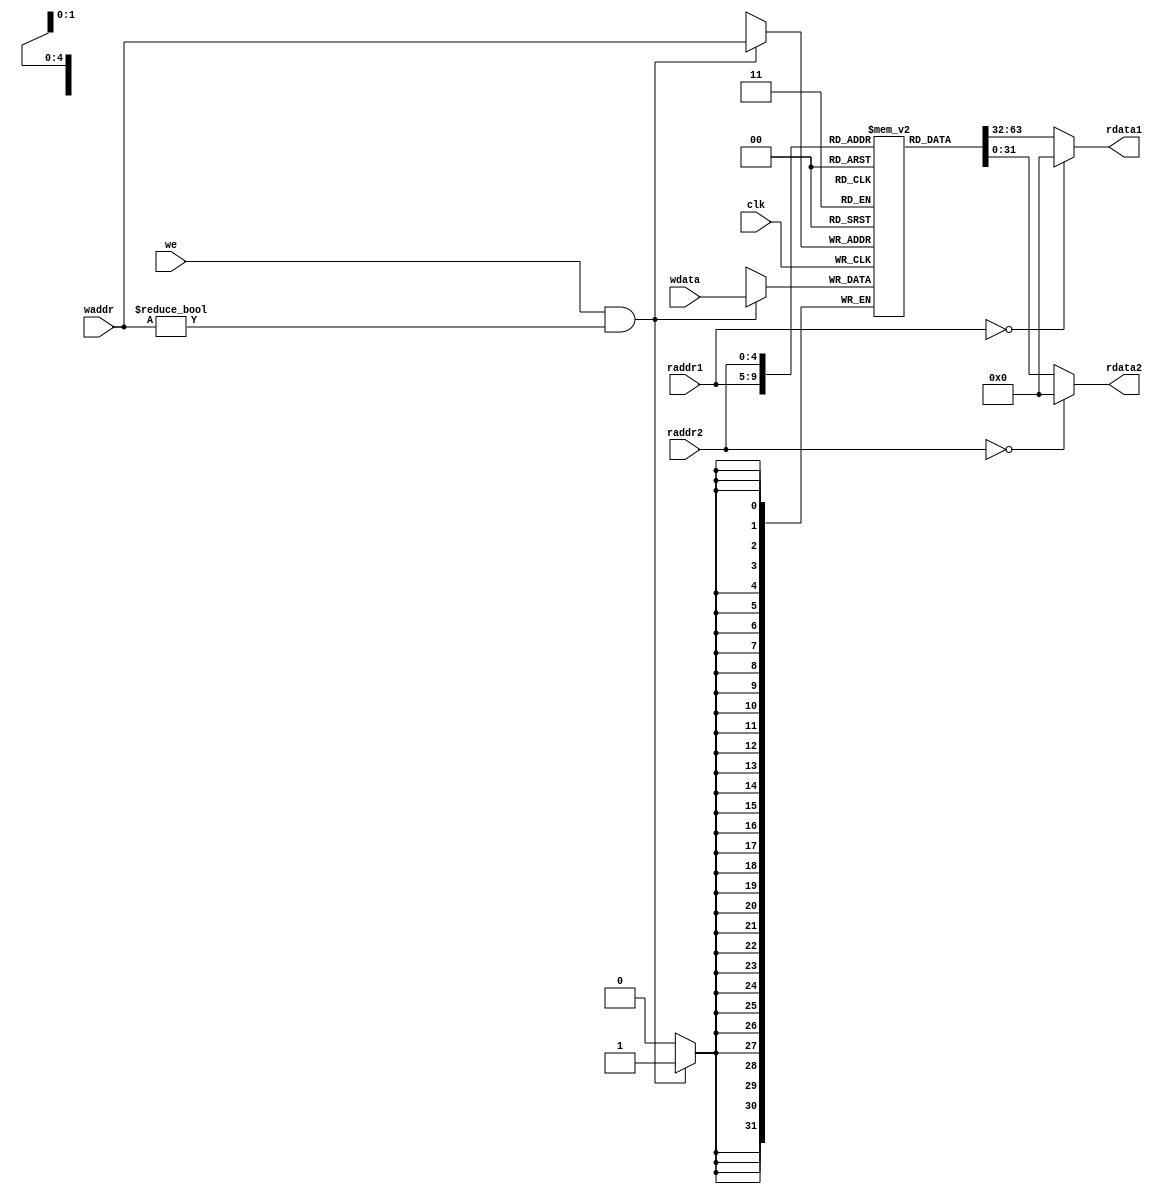
module regfile(
    input wire clk,
    input wire [4:0] raddr1,
    output wire [31:0] rdata1,
    input wire [4:0] raddr2,
    output wire [31:0] rdata2,
    
    input wire we,
    input wire [4:0] waddr,
    input wire [31:0] wdata
);
    reg [31:0] reg_array [31:0];
    // write
    always @ (posedge clk) begin
        if (we && waddr!=5'b0) begin
            reg_array[waddr] <= wdata;
        end
    end

    // read out 1
    assign rdata1 = (raddr1 == 5'b0) ? 32'b0 : reg_array[raddr1];

    // read out2
    assign rdata2 = (raddr2 == 5'b0) ? 32'b0 : reg_array[raddr2];
endmodule